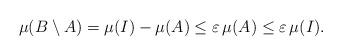
LaTeX: \begin{align*}\mu(B\setminus A)=\mu(I)-\mu(A)\leq \varepsilon\, \mu(A) \leq \varepsilon\, \mu(I).\end{align*}